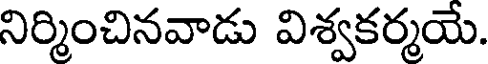
నిర్మించినవాడు విశ్వకర్మయే.